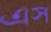
এস